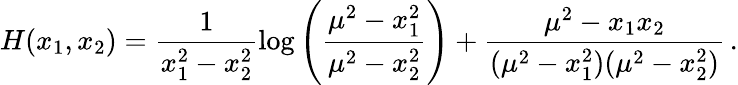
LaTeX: H(x_{1},x_{2})=\frac{1}{x_{1}^{2}-x_{2}^{2}}\log\left(\frac{\mu^{2}-x_{1}^{2}}{\mu^{2}-x_{2}^{2}}\right)+\frac{\mu^{2}-x_{1}x_{2}}{(\mu^{2}-x_{1}^{2})(\mu^{2}-x_{2}^{2})}\, .